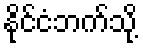
နိုင်ငံဘက်သို့